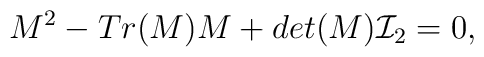
M^2 - Tr(M) M + det(M){\cal I}_2=0,